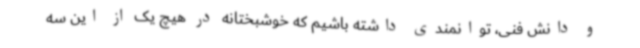
و دانش فنی، توانمندی داشته باشیم که خوشبختانه در هیچ یک از این سه